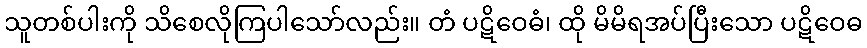
သူတစ်ပါးကို သိစေလိုကြပါသော်လည်း။ တံ ပဋိဝေဓံ၊ ထို မိမိရအပ်ပြီးသော ပဋိဝေဓ